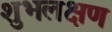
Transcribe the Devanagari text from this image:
शुभलक्षण